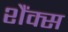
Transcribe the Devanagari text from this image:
शैंक्स